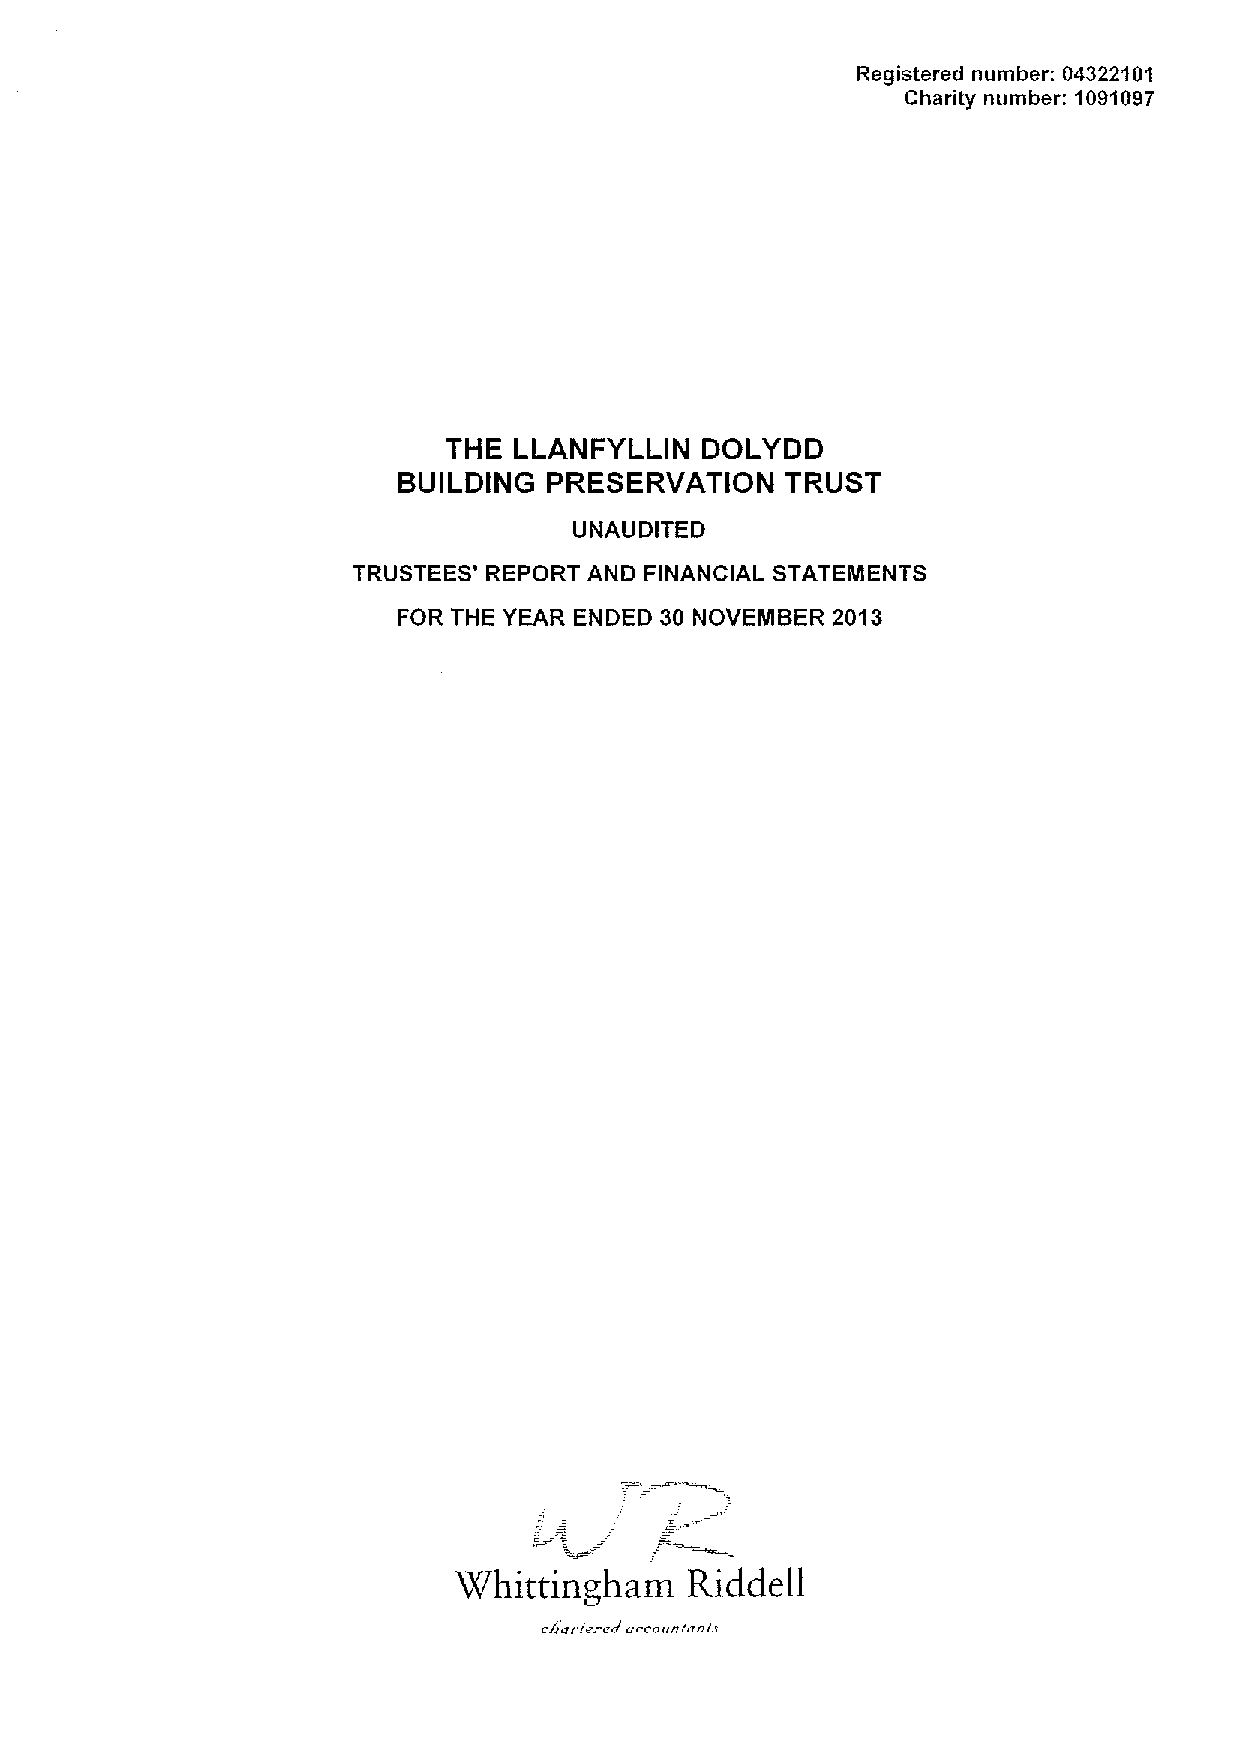
Registered number: 04322101
 Charity number: 1091097
 THE  LLANFYLLIN  DOLYDD
 BUILDING  PRESERVATION    TRUST
 UNAUDITED
 TRUSTEES' REPORT AND FINANCIAL STATEMENTS
 FOR THE YEAR ENDED 30 NOVEMBER 2013
 Whittingham    Riddell
 .
 eager ~ c nt